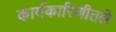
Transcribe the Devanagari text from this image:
कार्यकारिणीतले